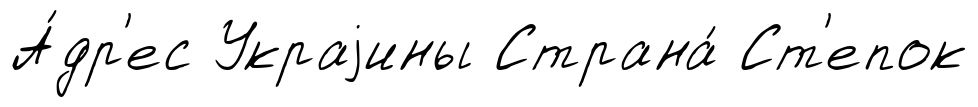
А́др'ес Украjины Страна́ Ст'епок